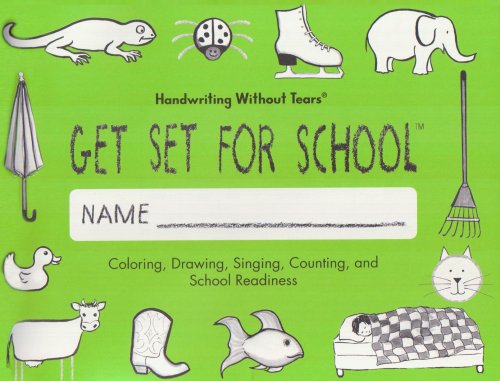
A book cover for Get Set for School; Jan Olsen; Reference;